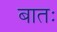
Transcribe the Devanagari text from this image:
बातः